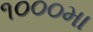
૧૦૦૦મા